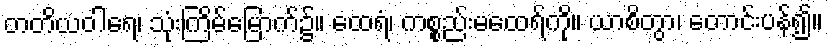
တတိယဝါရေ၊ သုံးကြိမ်မြောက်၌။ ထေရံ၊ ကစ္စည်းမထေရ်ကို။ ယာစိတွာ၊ တောင်းပန်၍။